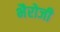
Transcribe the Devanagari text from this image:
भैरोजी